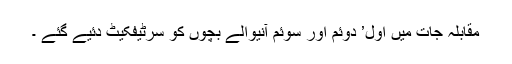
مقابلہ جات میں اول’ دوئم اور سوئم آنیوالے بچوں کو سرٹیفکیٹ دئیے گئے ۔